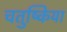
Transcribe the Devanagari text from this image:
चतुष्किया